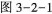
图 3-2-1